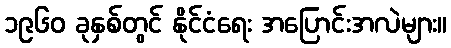
၁၉၆၀ ခုနှစ်တွင် နိုင်ငံရေး အပြောင်းအလဲများ။